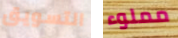
التسويق مملوء